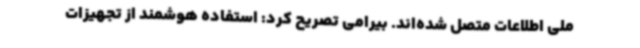
ملی اطلاعات متصل شده‌اند. بیرامی تصریح کرد: استفاده هوشمند از تجهیزات